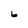
Character: 6